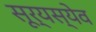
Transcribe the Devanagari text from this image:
सूर्यस्येव